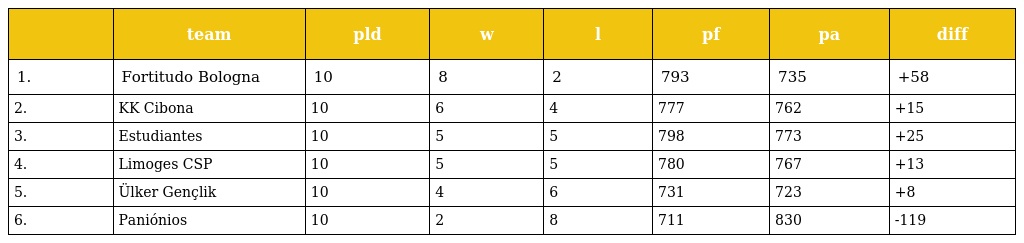
|  | team | pld | w | l | pf | pa | diff |
 | --- | --- | --- | --- | --- | --- | --- | --- |
 | 1. | Fortitudo Bologna | 10 | 8 | 2 | 793 | 735 | +58 |
 | 2. | KK Cibona | 10 | 6 | 4 | 777 | 762 | +15 |
 | 3. | Estudiantes | 10 | 5 | 5 | 798 | 773 | +25 |
 | 4. | Limoges CSP | 10 | 5 | 5 | 780 | 767 | +13 |
 | 5. | Ülker Gençlik | 10 | 4 | 6 | 731 | 723 | +8 |
 | 6. | Paniónios | 10 | 2 | 8 | 711 | 830 | -119 |